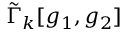
\tilde { \Gamma } _ { k } [ g _ { 1 } , g _ { 2 } ]